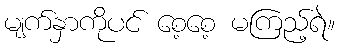
မျက်နှာကိုပင် စေ့စေ့ မကြည့်ရဲ။